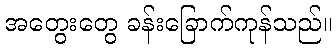
အတွေးတွေ ခန်းခြောက်ကုန်သည်။